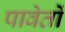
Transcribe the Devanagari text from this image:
पावेतों